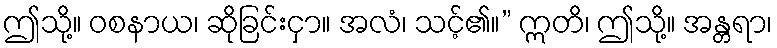
ဤသို့။ ဝစနာယ၊ ဆိုခြင်းငှာ။ အလံ၊ သင့်၏။” ဣတိ၊ ဤသို့။ အန္တရာ၊